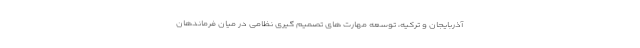
آذربایجان و ترکیه، توسعه مهارت های تصمیم گیری نظامی در میان فرماندهان